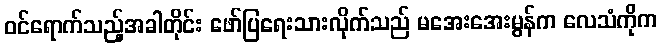
ဝင်ရောက်သည့်အခါတိုင်း ဖော်ပြရေးသားလိုက်သည် မအေးအေးမွန်က လေသံကိုက